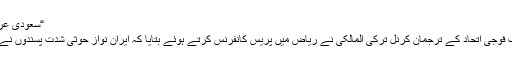
“سعودی عرب میدان میں آگیا، بڑی دھمکی دیدی
العربیہ ڈاٹ نیٹ کے مطابق ہے عرب فوجی اتحاد کے ترجمان کرنل ترکی المالکی نے ریاض میں پریس کانفرنس کرتے ہوئے بتایا کہ ایران نواز حوثی شدت پسندوں نے سعودی عرب پر سات میزائل داغے۔